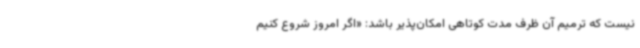
نیست که ترمیم آن ظرف مدت کوتاهی امکان‌پذیر باشد: «اگر امروز شروع کنیم